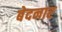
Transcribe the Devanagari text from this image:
बेदनार